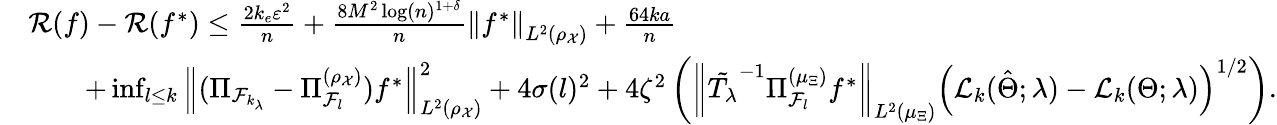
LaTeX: \begin{array}{rl}&{{\cal R}(f)-{\cal R}(f^{*})\leq\frac{2k_{e}\varepsilon^{2}}{n}+\frac{8M^{2}\log(n)^{1+\delta}}{n}\left\| f^{*}\right\| _{L^{2}(\rho_{\mathcal{X}})}+\frac{64ka}{n}}\\ &{\qquad+\operatorname*{inf}_{l\leq k}\left\| (\Pi_{{\cal F}_{k_{\lambda}}}-\Pi_{{\cal F}_{l}}^{(\rho_{\mathcal{X}})})f^{*}\right\| _{L^{2}(\rho_{\mathcal{X}})}^{2}+4\sigma(l)^{2}+4\zeta^{2}\left(\left\| \tilde{T_{\lambda}}^{-1}\Pi_{{\cal F}_{l}}^{(\mu_{\Xi})}f^{*}\right\| _{L^{2}(\mu_{\Xi})}\left({\cal L}_{k}(\hat{\Theta};\lambda)-{\cal L}_{k}(\Theta;\lambda)\right)^{1/2}\right).}\end{array}